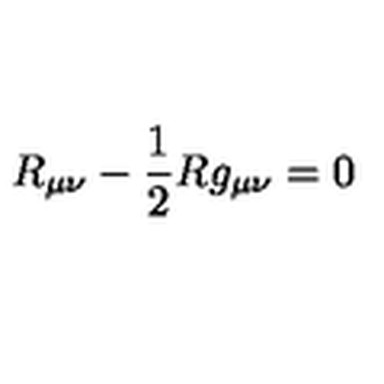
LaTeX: R _ { \mu \nu } - \frac { 1 } { 2 } R g _ { \mu \nu } = 0